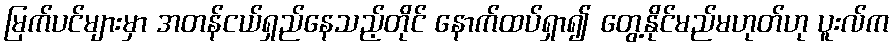
မြက်ပင်များမှာ အတန်ငယ်ရှည်နေသည့်တိုင် နောက်ထပ်ရှာ၍ တွေ့နိုင်မည်မဟုတ်ဟု ပူးလ်က